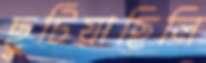
ছুটিয়াছিলি